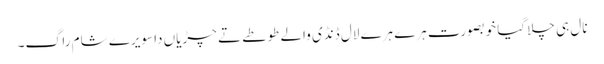
نال ہی چلا گیا خوبصورت ہرے ہرے لال ڈنڈی والے طوطے تے چڑیاں دا سویرے شام راگ۔